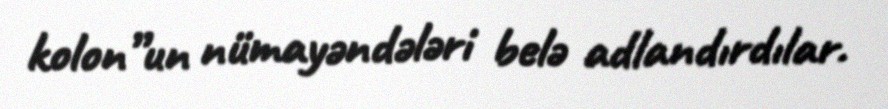
kolon”un nümayəndələri belə adlandırdılar.